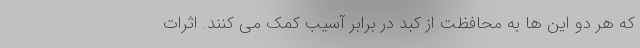
که هر دو این ها به محافظت از کبد در برابر آسیب کمک می کنند. اثرات